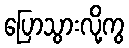
ပြောသွားလို့ကွ